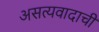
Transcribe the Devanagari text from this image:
असत्यवादाची